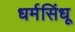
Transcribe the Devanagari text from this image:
धर्मसिंधू